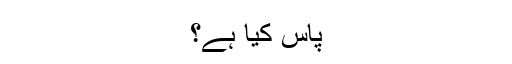
پاس کیا ہے؟